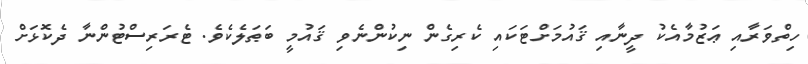
ހިތްވަރާއި ޢަޒުމާއެކު ދީނާއި ޤައުމަށްޓަކައި ކެރިގެން ނިކުންނެވި ޤައުމީ ބަޠަލެކެވެ. ޓެރަރިސްޓުންނާ ދެކޮޅަށް